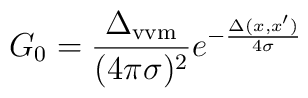
G_0=\frac{\Delta_{\rm vvm}}{(4\pi\sigma)^2}	e^{-\frac{\Delta(x,x')}{4\sigma}}